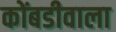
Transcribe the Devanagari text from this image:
कोंबडीवाला